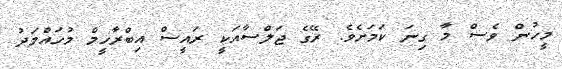
މީހުން ވެސް މާ ގިނަ ކަމަށެވެ. ރޭގެ ޖަލްސާއަކީ ރައީސް އިބްރާހީމް މުހައްމަދު